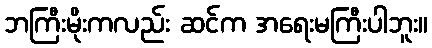
ဘကြီးမိုးကလည်း ဆင်က အရေးမကြီးပါဘူး။